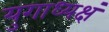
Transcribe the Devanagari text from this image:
युगाध्यक्षं